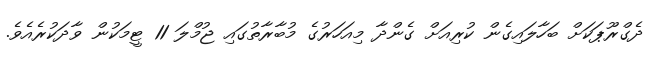
ދެގްރޫޕަކަށް ބަހާލައިގެން ކުރިއަށް ގެންދާ މިއަހަރުގެ މުބާރާތުގައި ޖުމްލަ 11 ޓީމަކުން ވާދަކުރެއެވެ.